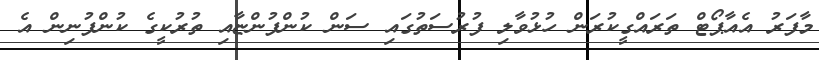
މާފަރު އެއާޕޯޓް ތަރައްގީކުރަން ހުޅުވާލި ފުރުސަތުގައި ސަން ކުންފުންޏާއި ތުރުކީގެ ކުންފުނިން އެ